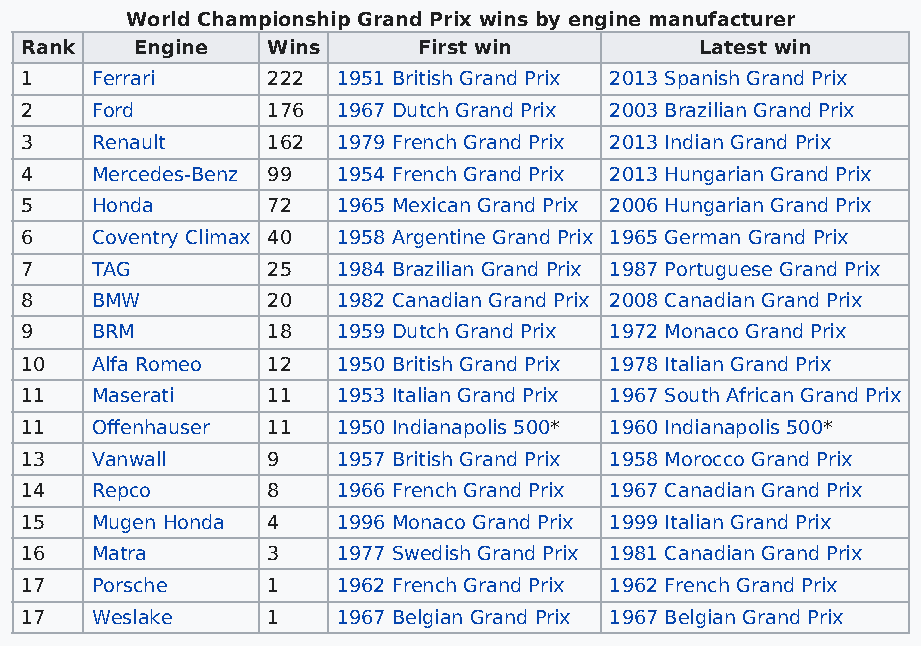
World Championship Grand Prix wins by engine manufacturer
 Rank    Engine   Wins      First win         Latest win
 1    Ferrari     222 1951 British Grand Prix 2013 Spanish Grand Prix
 2    Ford        176 1967 Dutch Grand Prix 2003 Brazilian Grand Prix
 3    Renault     162 1979 French Grand Prix 2013 Indian Grand Prix
 4    Mercedes-Benz 99 1954 French Grand Prix 2013 Hungarian Grand Prix
 5    Honda       72  1965 Mexican Grand Prix 2006 Hungarian Grand Prix
 6    Coventry Climax 40 1958 Argentine Grand Prix 1965 German Grand Prix
 7    TAG         25  1984 Brazilian Grand Prix 1987 Portuguese Grand Prix
 8    BMW         20  1982 Canadian Grand Prix 2008 Canadian Grand Prix
 9    BRM         18  1959 Dutch Grand Prix 1972 Monaco Grand Prix
 10   Alfa Romeo  12  1950 British Grand Prix 1978 Italian Grand Prix
 11   Maserati    11  1953 Italian Grand Prix 1967 South African Grand Prix
 11   Offenhauser 11  1950 Indianapolis 500* 1960 Indianapolis 500*
 13   Vanwall     9   1957 British Grand Prix 1958 Morocco Grand Prix
 14   Repco       8   1966 French Grand Prix 1967 Canadian Grand Prix
 15   Mugen Honda 4   1996 Monaco Grand Prix 1999 Italian Grand Prix
 16   Matra       3   1977 Swedish Grand Prix 1981 Canadian Grand Prix
 17   Porsche     1   1962 French Grand Prix 1962 French Grand Prix
 17   Weslake     1   1967 Belgian Grand Prix 1967 Belgian Grand Prix